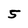
Character: 5